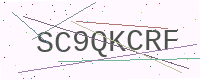
Text: SC9QKCRF